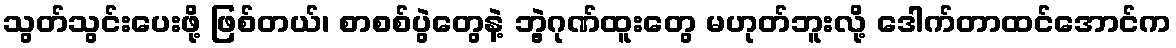
သွတ်သွင်းပေးဖို့ ဖြစ်တယ်၊ စာစစ်ပွဲတွေနဲ့ ဘွဲ့ဂုဏ်ထူးတွေ မဟုတ်ဘူးလို့ ဒေါက်တာထင်အောင်က